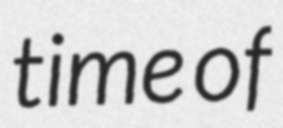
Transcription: time of